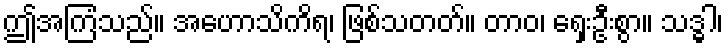
ဤအကြံသည်။ အဟောသိကိရ၊ ဖြစ်သတတ်။ တာဝ၊ ရှေးဦးစွာ။ သဒ္ဓါ၊